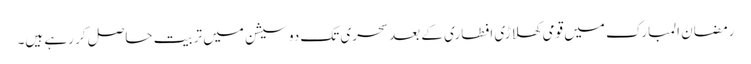
رمضان المبارک میں قومی کھلاڑی افطاری کے بعد سحری تک دو سیشن میں تربیت حاصل کر رہے ہیں۔